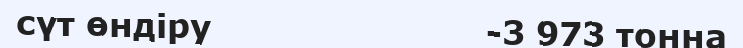
сүт өндіру                         -3 973 тонна